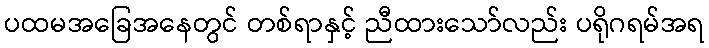
ပထမအခြေအနေတွင် တစ်ရာနှင့် ညီထားသော်လည်း ပရိုဂရမ်အရ